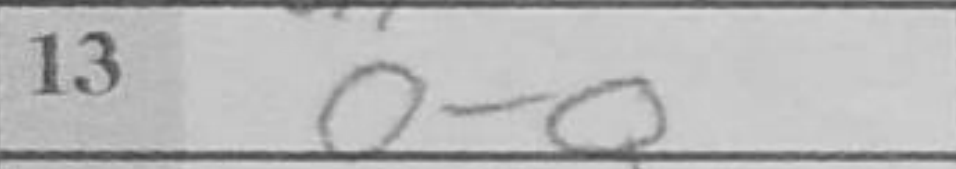
Transcription: O-O